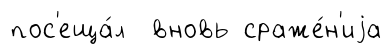
пос'еща́л вновь сраже́н'иjа